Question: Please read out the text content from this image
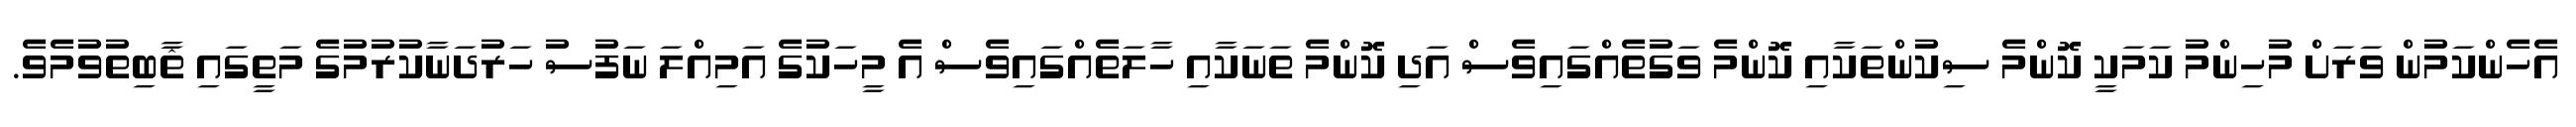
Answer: އެހެންކަމުން ވަރަށް މުހިންމު ކަމަކީ ކޮންމެ ސިކުންތަކާއި ކޮންމެ ވަގުތެއްގައިވެސް އަދި ކޮންމެ ތަނަކާއި ހާލަތެއްގައިވެސް އެ މީހަކުގެ އަމިއްލަ ނަފުސު ހަރުދަނާކުރުމުގެ މަތީގައި ޘާބިތުވުމެވެ.